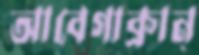
আবেগাক্রান্